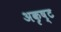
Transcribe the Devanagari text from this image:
अकृष्ट